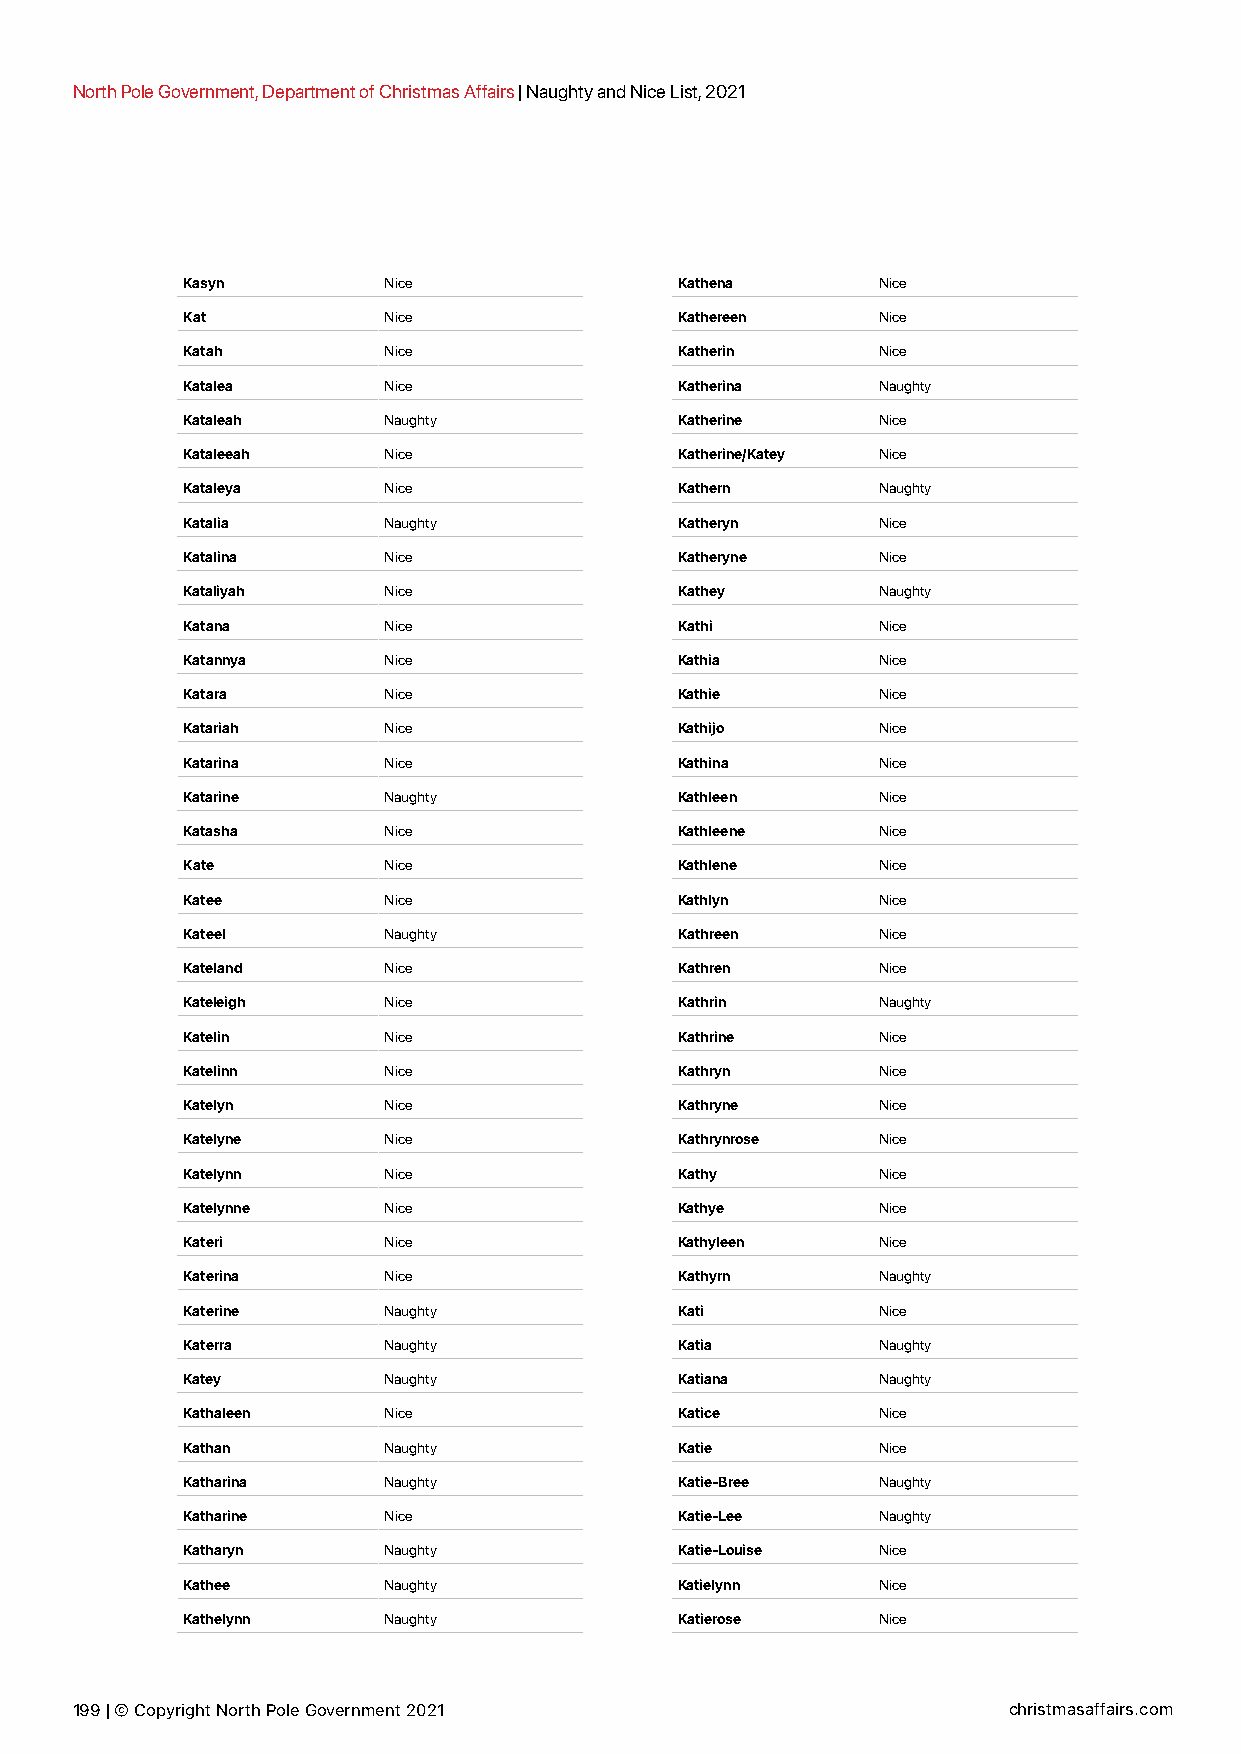
North Pole Government, Department of Christmas Affairs | Naughty and Nice List, 2021
 Kasyn        Nice                Kathena      Nice
 Kat          Nice                Kathereen    Nice
 Katah        Nice                Katherin     Nice
 Katalea      Nice                Katherina    Naughty
 Kataleah     Naughty             Katherine    Nice
 Kataleeah    Nice                Katherine/Katey Nice
 Kataleya     Nice                Kathern      Naughty
 Katalia      Naughty             Katheryn     Nice
 Katalina     Nice                Katheryne    Nice
 Kataliyah    Nice                Kathey       Naughty
 Katana       Nice                Kathi        Nice
 Katannya     Nice                Kathia       Nice
 Katara       Nice                Kathie       Nice
 Katariah     Nice                Kathijo      Nice
 Katarina     Nice                Kathina      Nice
 Katarine     Naughty             Kathleen     Nice
 Katasha      Nice                Kathleene    Nice
 Kate         Nice                Kathlene     Nice
 Katee        Nice                Kathlyn      Nice
 Kateel       Naughty             Kathreen     Nice
 Kateland     Nice                Kathren      Nice
 Kateleigh    Nice                Kathrin      Naughty
 Katelin      Nice                Kathrine     Nice
 Katelinn     Nice                Kathryn      Nice
 Katelyn      Nice                Kathryne     Nice
 Katelyne     Nice                Kathrynrose  Nice
 Katelynn     Nice                Kathy        Nice
 Katelynne    Nice                Kathye       Nice
 Kateri       Nice                Kathyleen    Nice
 Katerina     Nice                Kathyrn      Naughty
 Katerine     Naughty             Kati         Nice
 Katerra      Naughty             Katia        Naughty
 Katey        Naughty             Katiana      Naughty
 Kathaleen    Nice                Katice       Nice
 Kathan       Naughty             Katie        Nice
 Katharina    Naughty             Katie-Bree   Naughty
 Katharine    Nice                Katie-Lee    Naughty
 Katharyn     Naughty             Katie-Louise Nice
 Kathee       Naughty             Katielynn    Nice
 Kathelynn    Naughty             Katierose    Nice
 199 | © Copyright North Pole Government 2021                  christmasaffairs.com